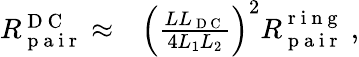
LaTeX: \begin{array}{rl}{R_{\mathrm{~p~a~i~r~}}^{\mathrm{~D~C~}}\approx}&{{}\left(\frac{LL_{\mathrm{~D~C~}}}{4L_{1}L_{2}}\right)^{2}R_{\mathrm{~p~a~i~r~}}^{\mathrm{~r~i~n~g~}}\ ,}\end{array}